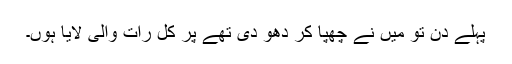
پہلے دن تو میں نے چھپا کر دھو دی تھے پر کل رات والی لایا ہوں۔